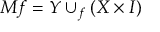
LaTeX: M f = Y \cup _ { f } ( X \times I )